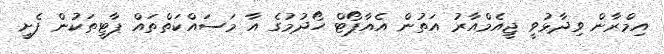
އިމްރާން ވިދާޅުވީ ޖީއެމްއާރު އަތުން އެއާޕޯޓް ހޯދުމުގެ އާ މަސައްކަތްތައް ޕާޓީތަކުން ފެށީ